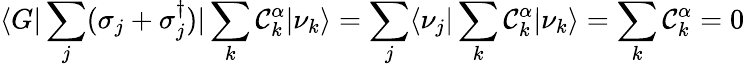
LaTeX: \langle G|\sum_{j}(\sigma_{j}+\sigma_{j}^{\dagger})|\sum_{k}\mathcal{C}_{k}^{\alpha}|\nu_{k}\rangle=\sum_{j}\langle\nu_{j}|\sum_{k}\mathcal{C}_{k}^{\alpha}|\nu_{k}\rangle=\sum_{k}\mathcal{C}_{k}^{\alpha}=0